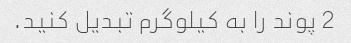
2 پوند را به کیلوگرم تبدیل کنید.